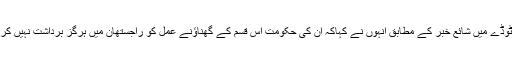
انڈیا ٹوڈے میں شائع خبر کے مطابق انہوں نے کہاکہ ان کی حکومت اس قسم کے گھناؤنے عمل کو راجستھان میں ہرگز برداشت نہیں کریگی۔